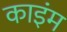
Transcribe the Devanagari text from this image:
काइंम